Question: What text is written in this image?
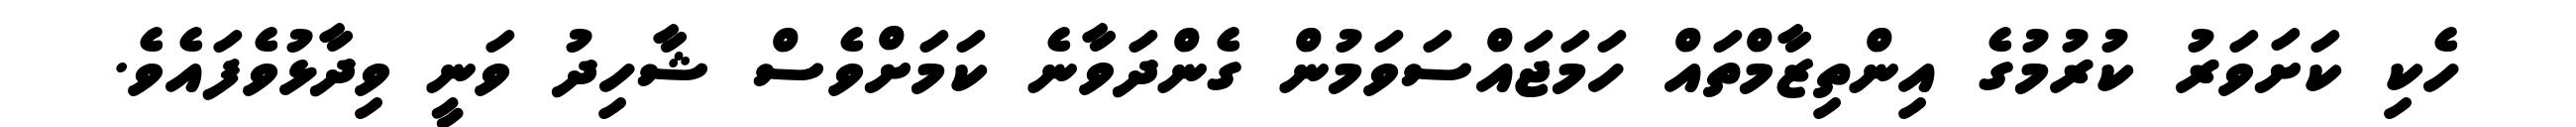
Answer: ހެކި ކަށަވަރު ކުރުމުގެ އިންތިޒާމްތައް ހަމަޖައްސަވަމުން ގެންދަވާނެ ކަމަށްވެސް ޝާހިދު ވަނީ ވިދާޅުވެފައެވެ.